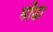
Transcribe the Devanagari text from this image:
मोंढा